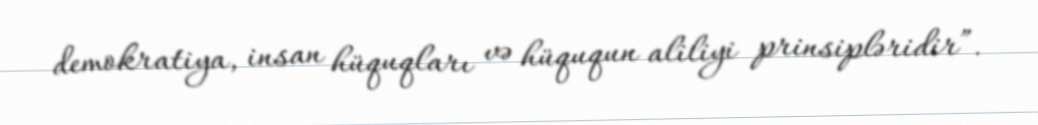
demokratiya, insan hüquqları və hüququn aliliyi prinsipləridir”.